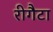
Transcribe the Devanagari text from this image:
रीगैटा